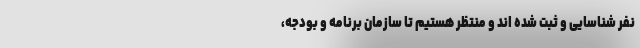
نفر شناسایی و ثبت شده اند و منتظر هستیم تا سازمان برنامه و بودجه،